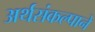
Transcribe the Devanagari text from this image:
अर्थसंकल्पाने